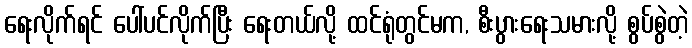
ရေးလိုက်ရင် ပေါ်ပင်လိုက်ပြီး ရေးတယ်လို့ ထင်ရုံတွင်မက, စီးပွားရေးသမားလို့ စွပ်စွဲတဲ့